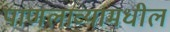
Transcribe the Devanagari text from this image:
पाणलाव्यामधील